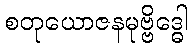
စတုယောဇနမုဗ္ဗိဒ္ဓေါ